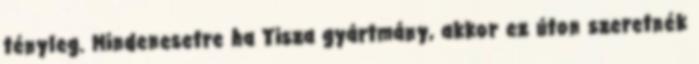
tényleg. Mindenesetre ha Tisza gyártmány, akkor ez úton szeretnék